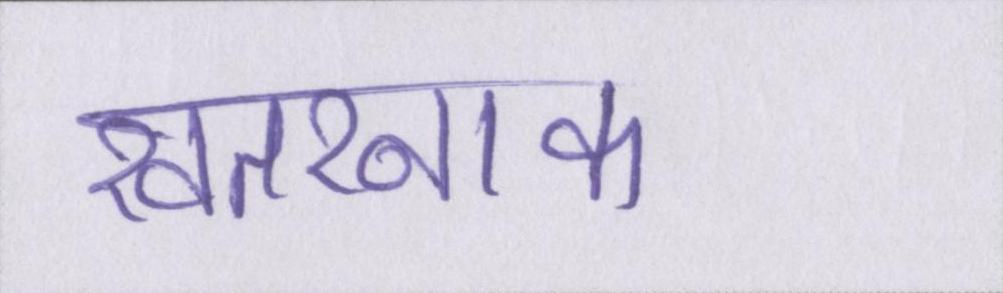
खतरनाक